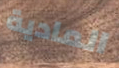
المادية